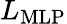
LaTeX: L_{\mathrm{MLP}}